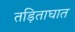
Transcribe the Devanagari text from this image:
तड़िताघात